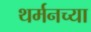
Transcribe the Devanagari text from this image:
थर्मनच्या